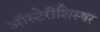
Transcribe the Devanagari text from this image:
ऑस्टेरीशिस्षर